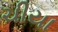
ચીયા